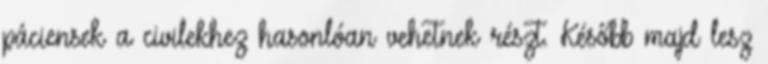
páciensek a civilekhez hasonlóan vehetnek részt. Később majd lesz